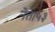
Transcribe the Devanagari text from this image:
नेता५३